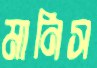
মানিস